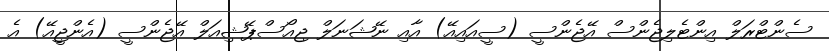
ސެންޓްރަލް އިންޓެލިޖެންސް އޭޖެންސީ (ސީއައިއޭ) އާއި ނޭޝަނަލް ޖިއޯސްޕޭޝިއަލް އޭޖެންސީ (އެންޖީއޭ) އެ